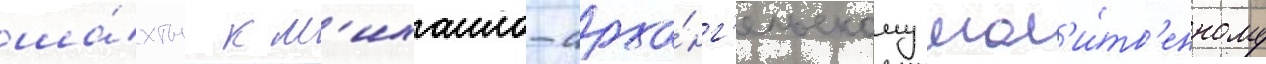
ша́хты к м'ихаило-арха́нг'ельскому мол'и́тв'енному